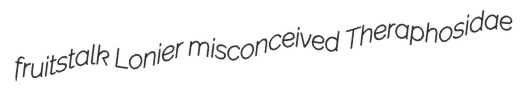
fruitstalk Lonier misconceived Theraphosidae